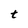
Character: t